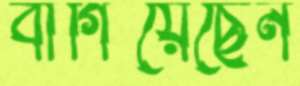
বাগিয়েছেন